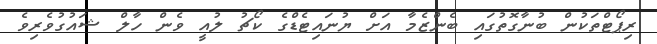
ރިޕޯޓްތަކުން ބުނާގޮތުގައި ބެންޒެމާ އަށް ޔުނައިޓެޑްގެ ކޯޗު ލުއީ ވެން ހާލް ޝައުުގުވެރިވެ